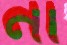
না